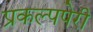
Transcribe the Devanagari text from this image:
प्रकल्पपेरी